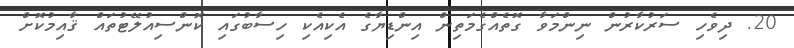
20. ދިވެހި ސަރުކާރުން ނިންމަވާ ގޮތެއްގެމަތިން އިންޑިޔާގެ އެކިއެކި ހިސާބުގައި ކޮންސިއުލޭޓުތައް ޤާއިމުކޮށް